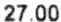
27.00